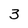
Character: 3